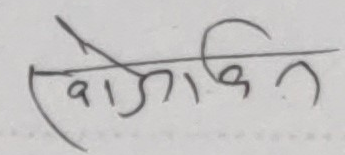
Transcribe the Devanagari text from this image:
खोजकिन